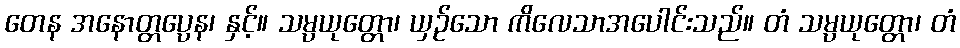
တေန အနောတ္တပ္ပေန၊ နှင့်။ သမ္ပယုတ္တော၊ ယှဉ်သော ကိလေသာအပေါင်းသည်။ တံ သမ္ပယုတ္တော၊ တံ